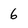
Character: 6